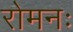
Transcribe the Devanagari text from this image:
रोमनः